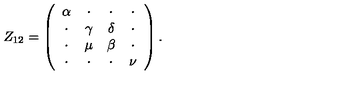
Z _ { 1 2 } = \left( \begin{array} { c c c c } { \alpha } & { \cdot } & { \cdot } & { \cdot } \\ { \cdot } & { \gamma } & { \delta } & { \cdot } \\ { \cdot } & { \mu } & { \beta } & { \cdot } \\ { \cdot } & { \cdot } & { \cdot } & { \nu } \\ \end{array} \right) .